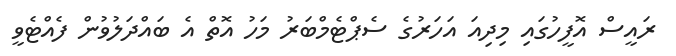
ރައީސް އޮފީހުގައި މިދިއަ އަހަރުގެ ސެޕްޓެމްބަރު މަހު އޮތް އެ ބައްދަލުވުން ފެއްޓެވީ